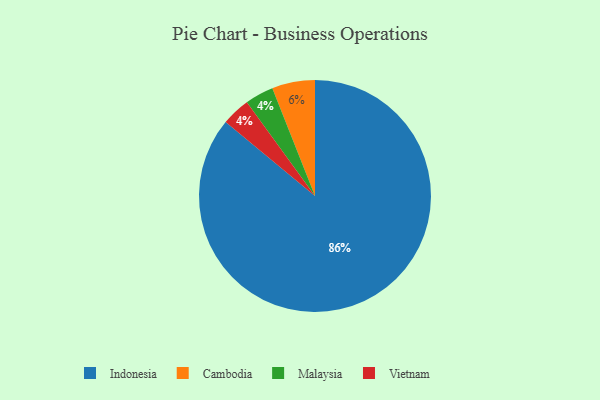
{"axis": {"x": "Category", "y": "Percentage"}, "legend": ["Cambodia", "Indonesia", "Malaysia", "Vietnam"], "data": [{"x": "Cambodia", "y": 6, "type": "Cambodia"}, {"x": "Malaysia", "y": 4, "type": "Malaysia"}, {"x": "Vietnam", "y": 4, "type": "Vietnam"}, {"x": "Indonesia", "y": 86, "type": "Indonesia"}]}